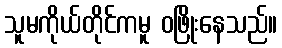
သူမကိုယ်တိုင်ကမူ ဝဖြိုးနေသည်။